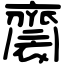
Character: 𪗋